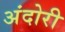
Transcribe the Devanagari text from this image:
अंदोरी